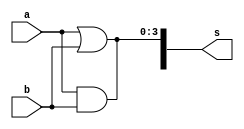
// -------------------------
//-- Exemplo0032 - OR / AND - 
//-- Nome: Lorena Danielle Gonalves Bento
//-- Matricula: 435049
// -------------------------

module f4 (output [7:0]s,input [3:0] a, input [3:0] b);
assign s[3:0] = (a & b);
assign s[3:0] = (a | b);
endmodule

module tes_f4;	
	reg [3:0] x;
	reg [3:0] y;
	wire [7:0] s;
	
f4 modulo(s, x, y);
	
	
//--fim definir dados
	
// ------------------------- parte principal
	initial begin
		$display("Exemplo0031 - Lorena Danielle Gonalves Bento - 435049");
		$display("Test LU's module");
		
		x = 4'b0101; 
		y = 4'b0001;
		#1 $display("\n%3b %3b = %3b", s, x, y);
	end
endmodule // test_exep 01